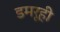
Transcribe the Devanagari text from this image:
डमरूही